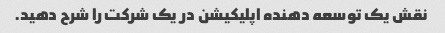
نقش یک توسعه دهنده اپلیکیشن در یک شرکت را شرح دهید.